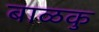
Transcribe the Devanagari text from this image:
बाळकु